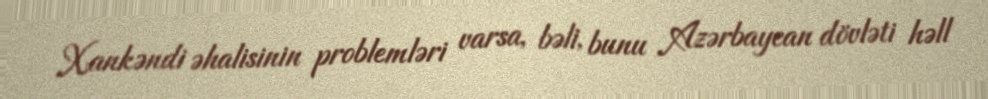
Xankəndi əhalisinin problemləri varsa, bəli, bunu Azərbaycan dövləti həll